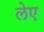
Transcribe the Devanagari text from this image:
लेए